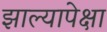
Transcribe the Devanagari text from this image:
झाल्यापेक्षा